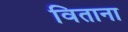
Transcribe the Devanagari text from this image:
विताना